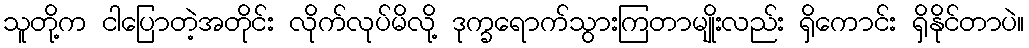
သူတို့က ငါပြောတဲ့အတိုင်း လိုက်လုပ်မိလို့ ဒုက္ခရောက်သွားကြတာမျိုးလည်း ရှိကောင်း ရှိနိုင်တာပဲ။